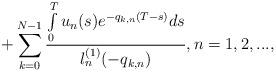
LaTeX: \begin{align*}+\sum\limits_{k=0}^{N-1}\frac{\int\limits_0^Tu_n(s)e^{-q_{k,n}(T-s)}ds}{l^{(1)}_n(-q_{k,n})},n=1,2,...,\end{align*}